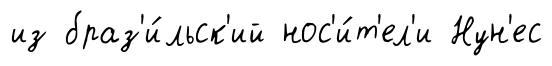
из браз'и́льск'ий нос'и́т'ел'и Нун'ес